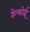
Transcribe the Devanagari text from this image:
डेल्फोई